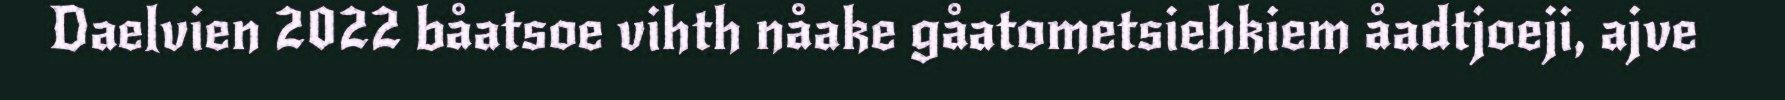
Daelvien 2022 båatsoe vihth nåake gåatometsiehkiem åadtjoeji, ajve